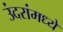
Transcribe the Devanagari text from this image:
उंदरांमध्ये